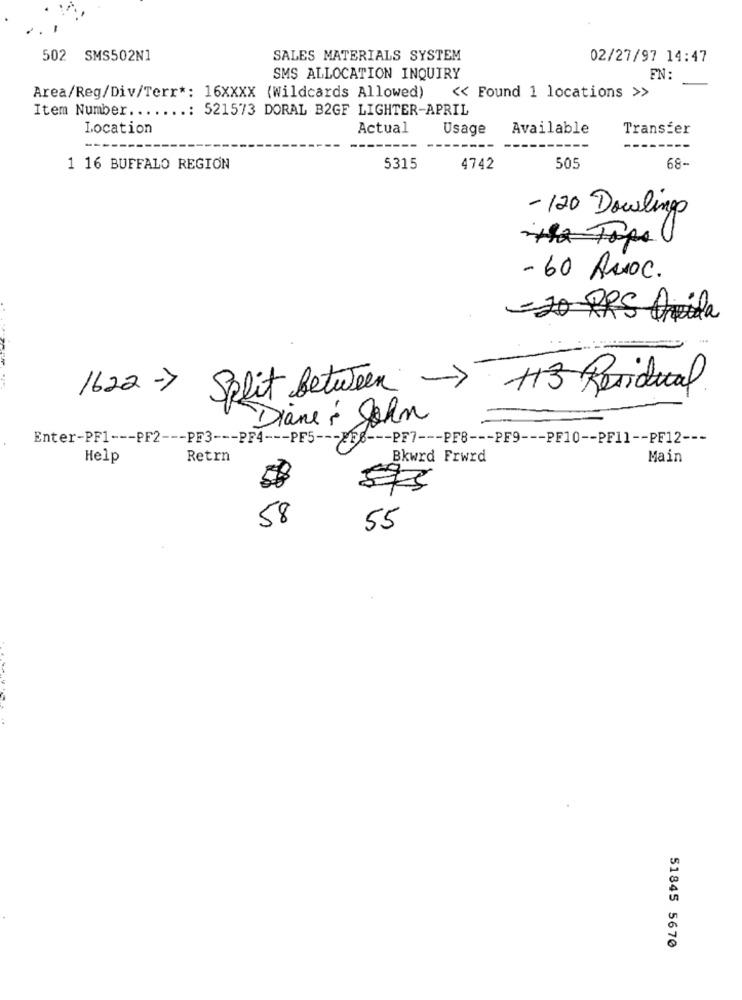
502 SMS502N1
SALES MATERIALS SYSTEM
02/27/97 14:47
SMS ALLOCATION INQUIRY
EN :
Area/Reg/Div/Terr *: 16XXXX (Wildcards Allowed)
<< Found 1 locations >>
Item Number .......: 521573 DORAL B2GF LIGHTER-APRIL
Location
Actual
Usage
Available
Transfer
1 16 BUFFALO REGION
5315
4742
505
68-
-120 Dowlings
- 60 ANOC.
= 20 PRS Quila
1622 => Split between -> H3 Residual
Diane & John
Enter-PF1 --- PF2 --- PF3 --- PF4 --- PF5 --- 856 --- PF7 --- PF8 --- PF9 --- PF10 -- PF11 -- PF12 ---
Help
Retrn
Bkwrd Frwrd
Main
58
55
51845 5670